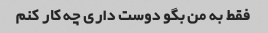
فقط به من بگو دوست داری چه کار کنم